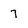
Character: 7